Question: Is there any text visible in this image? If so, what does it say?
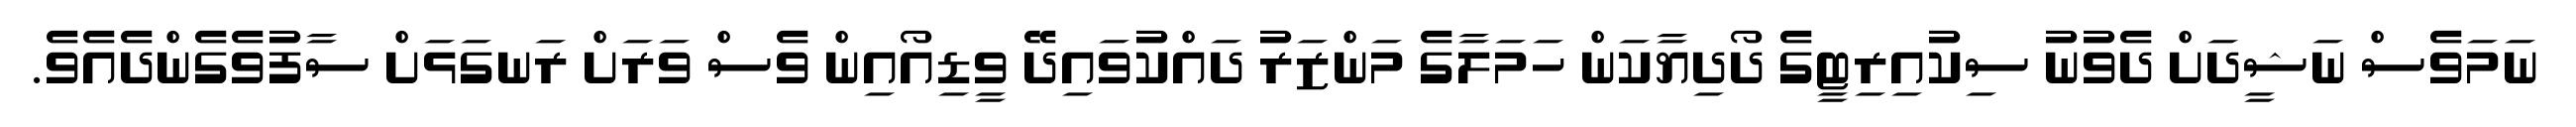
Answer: ނަމަވެސް ނަޝީދަށް ދެވުނު ސިކުއިރިޓީގެ ދޯދިޔާކަން ހަމަލާގެ މަންޒަރު ދައްކުވައިދޭ ވީޑިއޯއިން ވެސް ވަރަށް ރަނގަޅަށް ސާފުވެގެންދެއެވެ.